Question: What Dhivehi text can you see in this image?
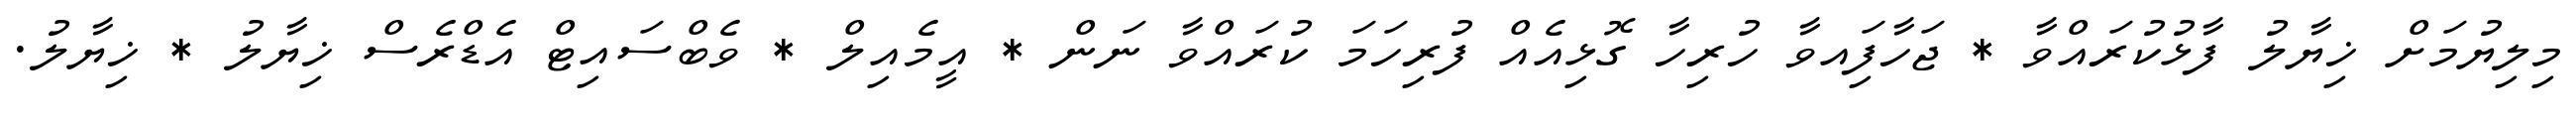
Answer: މިލިޔުމަށް ޚިޔާލު ފާޅުކުރައްވާ * ޖަހާފަިއވާ ހުރިހާ ގޮޅިއެއް ފުރިހަމަ ކުރައްވާ ނަން * އީމެއިލް * ވެބްސައިޓް އެޑްރެސް ޚިޔާލު * ޚިޔާލު.